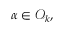
\alpha \in { \mathcal { O } } _ { k } ,